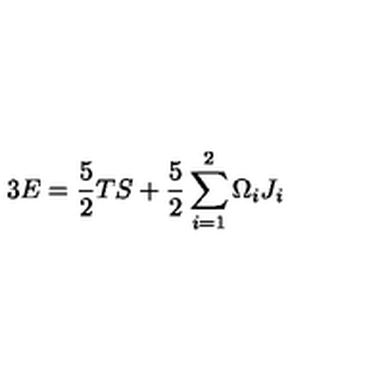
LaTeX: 3 E = \frac { 5 } { 2 } T S + \frac { 5 } { 2 } \sum _ { i = 1 } ^ { 2 } \Omega _ { i } J _ { i }